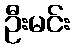
ဦးမင်း